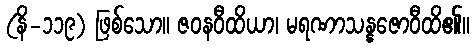
(နိ-၁၁၉) ဖြစ်သော။ ဇဝနဝီထိယာ၊ မရဏာသန္နဇောဝီထိ၏။